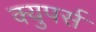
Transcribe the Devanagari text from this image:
क्युपर्स